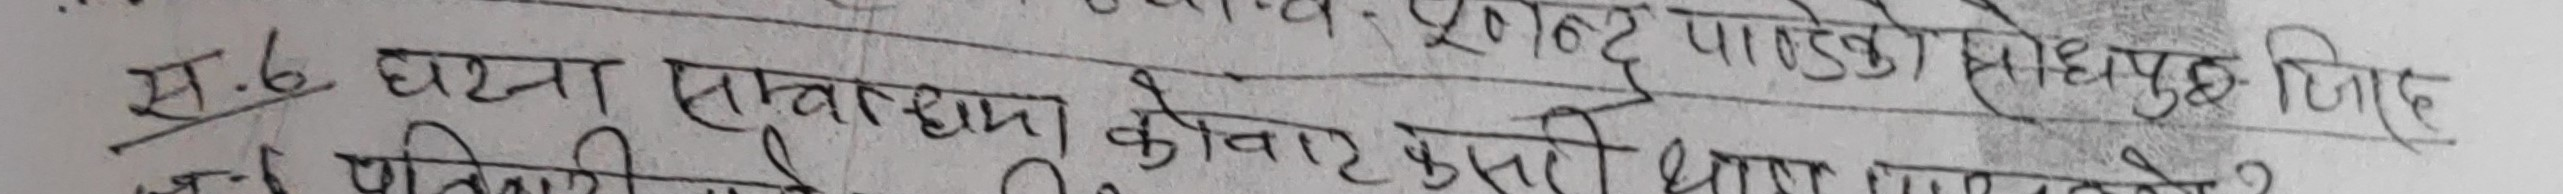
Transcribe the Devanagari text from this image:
स.६ घटना साम्झया कीवा कैसी धाए मन्टेको?